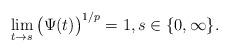
LaTeX: \begin{align*}\lim_{t\to s}\big(\Psi(t)\big)^{1/p}=1,s\in\{0,\infty\}.\end{align*}